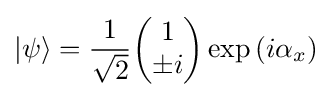
|\psi \rangle ={1 \over {\sqrt {2}}}{\begin{pmatrix}1\\\pm i\end{pmatrix}}\exp \left(i\alpha _{x}\right)